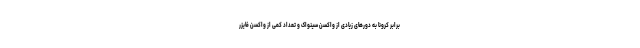
برابر کرونا به دورهای زیادی از واکسن سینواک و تعداد کمی از واکسن فایزر